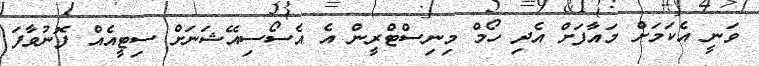
ވަނީ އެކަމަށް މައާފަށް އެދި ހޯމް މިނިސްޓްރީން އެ އެސޯސިއޭޝަނަށް ސިޓީއެއް ފޮނުވާފަ